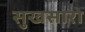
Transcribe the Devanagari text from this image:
सुखसारो